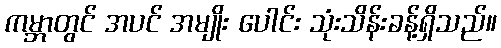
ကမ္ဘာတွင် အပင် အမျိုး ပေါင်း သုံးသိန်းခန့်ရှိသည်။